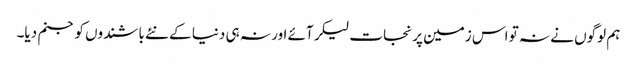
ہم لوگوں نے نہ تو اس زمین پر نجات لیکر آئے اور نہ ہی دنیا کے نئے باشندوں کو جنم دیا۔